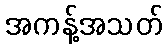
အကန့်အသတ်